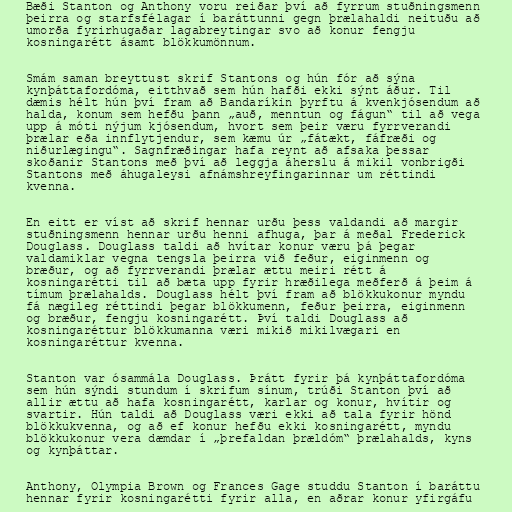
Bæði Stanton og Anthony voru reiðar því að fyrrum stuðningsmenn
þeirra og starfsfélagar í baráttunni gegn þrælahaldi neituðu að
umorða fyrirhugaðar lagabreytingar svo að konur fengju
kosningarétt ásamt blökkumönnum.

Smám saman breyttust skrif Stantons og hún fór að sýna
kynþáttafordóma, eitthvað sem hún hafði ekki sýnt áður. Til
dæmis hélt hún því fram að Bandaríkin þyrftu á kvenkjósendum að
halda, konum sem hefðu þann „auð, menntun og fágun“ til að vega
upp á móti nýjum kjósendum, hvort sem þeir væru fyrrverandi
þrælar eða innflytjendur, sem kæmu úr „fátækt, fáfræði og
niðurlægingu“. Sagnfræðingar hafa reynt að afsaka þessar
skoðanir Stantons með því að leggja áherslu á mikil vonbrigði
Stantons með áhugaleysi afnámshreyfingarinnar um réttindi
kvenna.

En eitt er víst að skrif hennar urðu þess valdandi að margir
stuðningsmenn hennar urðu henni afhuga, þar á meðal Frederick
Douglass. Douglass taldi að hvítar konur væru þá þegar
valdamiklar vegna tengsla þeirra við feður, eiginmenn og
bræður, og að fyrrverandi þrælar ættu meiri rétt á
kosningarétti til að bæta upp fyrir hræðilega meðferð á þeim á
tímum þrælahalds. Douglass hélt því fram að blökkukonur myndu
fá nægileg réttindi þegar blökkumenn, feður þeirra, eiginmenn
og bræður, fengju kosningarétt. Því taldi Douglass að
kosningaréttur blökkumanna væri mikið mikilvægari en
kosningaréttur kvenna.

Stanton var ósammála Douglass. Þrátt fyrir þá kynþáttafordóma
sem hún sýndi stundum í skrifum sínum, trúði Stanton því að
allir ættu að hafa kosningarétt, karlar og konur, hvítir og
svartir. Hún taldi að Douglass væri ekki að tala fyrir hönd
blökkukvenna, og að ef konur hefðu ekki kosningarétt, myndu
blökkukonur vera dæmdar í „þrefaldan þrældóm“ þrælahalds, kyns
og kynþáttar.

Anthony, Olympia Brown og Frances Gage studdu Stanton í baráttu
hennar fyrir kosningarétti fyrir alla, en aðrar konur yfirgáfu